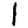
Digit: 1